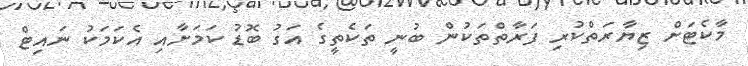
މާކެޓަށް ޒިޔާރަތްކުރި ފަރާތްތަކުން ބުނީ ތަކެތީގެ އަގު ބޮޑު ކަމަށާއި އެކަމަކު ނައިޓް